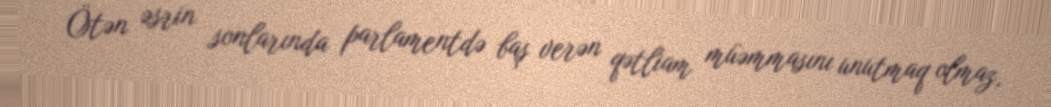
Ötən əsrin sonlarında parlamentdə baş verən qətliam müəmmasını unutmaq olmaz,